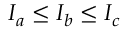
I _ { a } \leq I _ { b } \leq I _ { c }